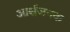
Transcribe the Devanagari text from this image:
आर्श्चजनक